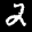
Label: 2